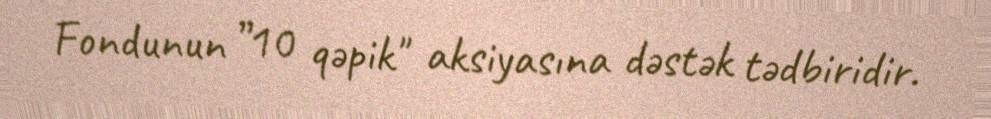
Fondunun ”10 qəpik" aksiyasına dəstək tədbiridir.